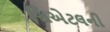
સિએટલની